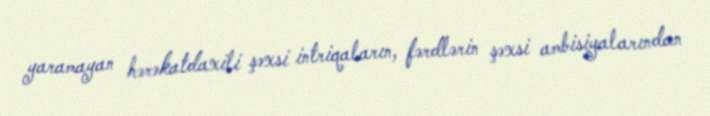
yaramayan hərəkatdaxili şəxsi intriqaların, fərdlərin şəxsi ambisiyalarından